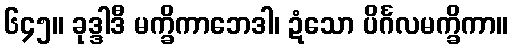
၆၄၅။ ခုဒ္ဒါဒီ မက္ခိကာဘေဒါ၊ ဍံသော ပိင်္ဂလမက္ခိကာ။